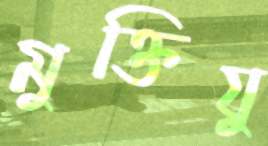
মুক্তিযু